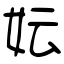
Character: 妘